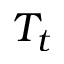
T _ { t }